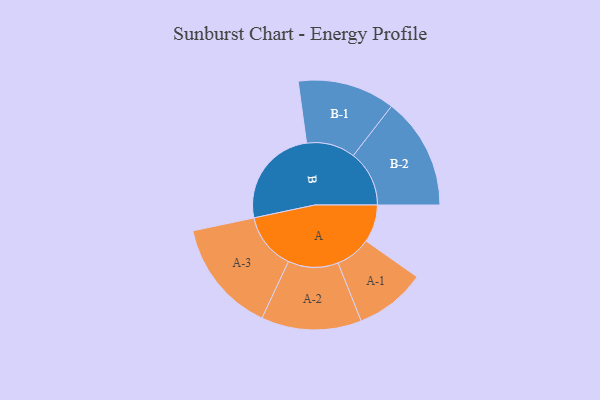
{"axis": {"x": "Segment", "y": "Value"}, "legend": ["", "A", "B"], "data": [{"x": "A", "y": 156, "type": ""}, {"x": "B", "y": 418, "type": ""}, {"x": "A-1", "y": 147, "type": "A"}, {"x": "A-2", "y": 208, "type": "A"}, {"x": "A-3", "y": 235, "type": "A"}, {"x": "B-1", "y": 202, "type": "B"}, {"x": "B-2", "y": 232, "type": "B"}]}